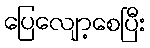
ပြေလျော့စေပြီး